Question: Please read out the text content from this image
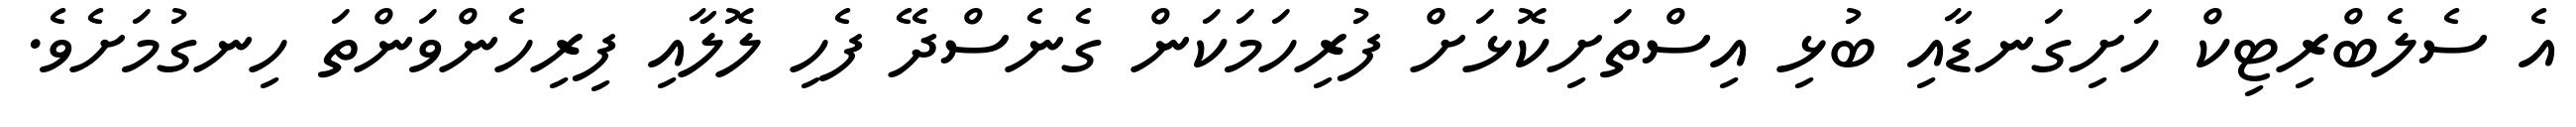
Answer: އެ ސެލެބްރިޓިކް ހަށިގަނޑާއި ބުޅި އިސްތަށިކޮޅަށް ފުރިހަމަކަން ގެނެސްދޭ ފެހި ލޮލާއި ފިރިހެންވަންތަ ހިނގުމަށެވެ.